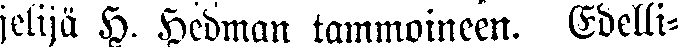
jelijä H. Hedman tammoineen. Edelli-